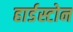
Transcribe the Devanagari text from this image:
हार्डस्टोन